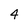
Character: 4